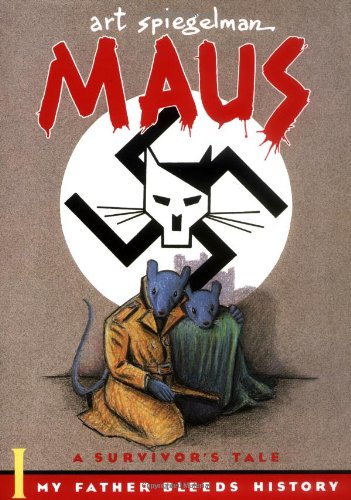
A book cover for My Father Bleeds History (Maus); Art Spiegelman; Comics & Graphic Novels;